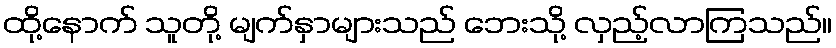
ထို့နောက် သူတို့ မျက်နှာများသည် ဘေးသို့ လှည့်လာကြသည်။